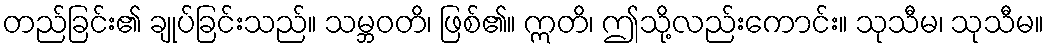
တည်ခြင်း၏ ချုပ်ခြင်းသည်။ သမ္ဘဝတိ၊ ဖြစ်၏။ ဣတိ၊ ဤသို့လည်းကောင်း။ သုသီမ၊ သုသီမ။